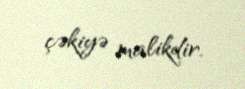
çəkiyə malikdir.